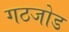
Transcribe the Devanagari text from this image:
गठजोड